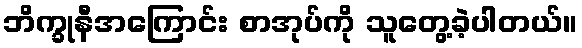
ဘိက္ခုနီအကြောင်း စာအုပ်ကို သူတွေ့ခဲ့ပါတယ်။